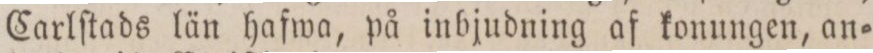
Carlſtads län hafwa, på inbjudning af konungen, an=